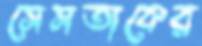
সেসতাকের